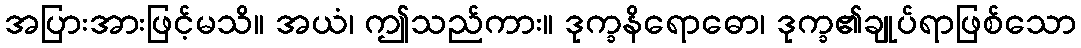
အပြားအားဖြင့်မသိ။ အယံ၊ ဤသည်ကား။ ဒုက္ခနိရောဓော၊ ဒုက္ခ၏ချုပ်ရာဖြစ်သော